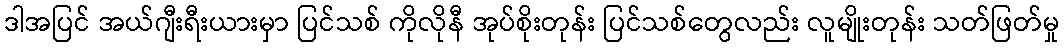
ဒါအပြင် အယ်ဂျီးရီးယားမှာ ပြင်သစ် ကိုလိုနီ အုပ်စိုးတုန်း ပြင်သစ်တွေလည်း လူမျိုးတုန်း သတ်ဖြတ်မှု